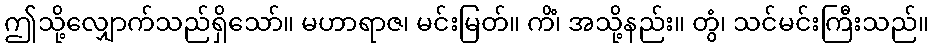
ဤသို့လျှောက်သည်ရှိသော်။ မဟာရာဇ၊ မင်းမြတ်။ ကိံ၊ အသို့နည်း။ တွံ၊ သင်မင်းကြီးသည်။